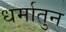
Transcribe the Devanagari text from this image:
धर्मातुन